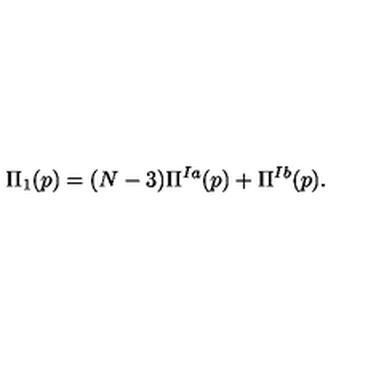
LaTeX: \Pi _ { 1 } ( p ) = ( N - 3 ) \Pi ^ { I a } ( p ) + \Pi ^ { I b } ( p ) .